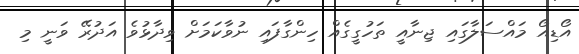
އޯޑިއޯ މައްސަލާގައި ޖިނާއީ ތަހުގީގެއް ހިންގާފައި ނުވާކަމަށް ވިދާޅުވެ އަދުރޭ ވަނީ މި